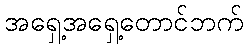
အရှေ့အရှေ့တောင်ဘက်